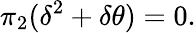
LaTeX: \pi_{2}(\delta^{2}+\delta\theta)=0.